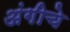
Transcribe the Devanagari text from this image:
अंगीचे